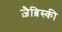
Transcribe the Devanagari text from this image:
ज़ैब्रिस्की